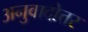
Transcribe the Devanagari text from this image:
अनुवादोत्तर